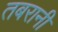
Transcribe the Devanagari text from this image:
तबरानी